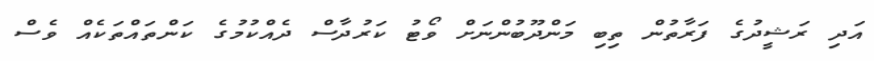
އަދި ރަޝީދުގެ ފަރާތުން ތިބި މަންދޫބުންނަށް ވޯޓު ކަރުދާސް ދެއްކުމުގެ ކަންތައްތަކެއް ވެސް